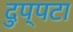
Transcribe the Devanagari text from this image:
दुप्पटा